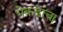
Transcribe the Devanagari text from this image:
भेकडांचा